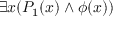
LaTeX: \exists x ( P _ { 1 } ( x ) \land \phi ( x ) )